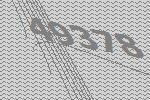
49378